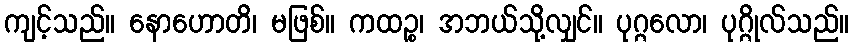
ကျင့်သည်။ နောဟောတိ၊ မဖြစ်။ ကထဉ္စ၊ အဘယ်သို့လျှင်။ ပုဂ္ဂလော၊ ပုဂ္ဂိုလ်သည်။